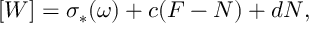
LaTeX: [ W ] = \sigma _ { * } ( \omega ) + c ( F - N ) + d N ,